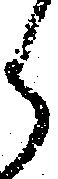
ら